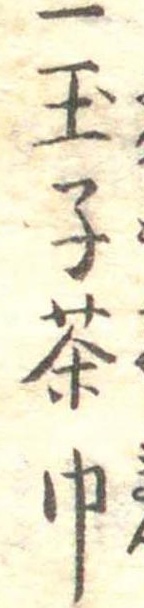
一玉子茶巾